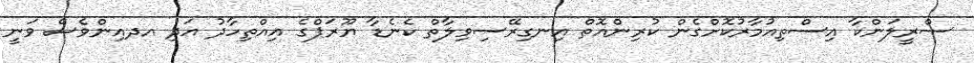
ސްރީލަންކާ އިސްތިއުމާރުކޮށްގެން ކުރިންއޮތް އިނގިރޭސިވިލާތް ކެނެޑާ ޔޫރަޕްގެ އިއްތިހާދު އަދި އދއިންވެސް ވަނީ